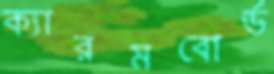
ক্যারমবোর্ড